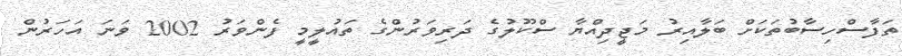
ތަފާސްހިސާބުތަކަށް ބަލާއިރު މަޖީދިއްޔާ ސްކޫލުގެ ދަރިވަރުންގެ ތައުލީމީ ފެންވަރު 2002 ވަނަ އަހަރުން